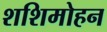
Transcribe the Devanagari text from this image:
शशिमोहन